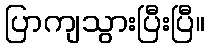
ပြာကျသွားပြီးပြီ။